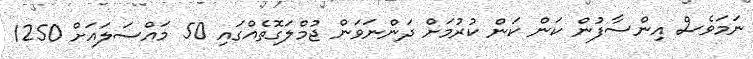
ނަމަވެސް އިންސާފުން ކަން ކަން ކުރުމަށް ދަންނަވަން ޖުމްލަގޮތެއްގައި 50 މައްސަލައަށް 1250